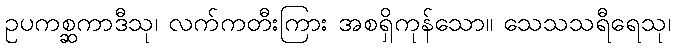
ဥပကစ္ဆကာဒီသု၊ လက်ကတီးကြား အစရှိကုန်သော။ သေသသရီရေသု၊